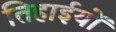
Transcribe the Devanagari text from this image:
तिहाईयों